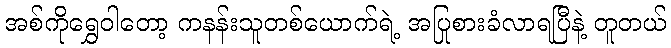
အစ်ကိုရွှေဝါတော့ ကနန်းသူတစ်ယောက်ရဲ့ အပြုစားခံလာရပြီနဲ့ တူတယ်